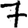
Digit: 7